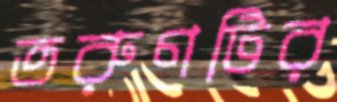
তরুণটির